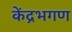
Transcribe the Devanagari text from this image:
केंद्रभगण